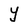
Character: Y